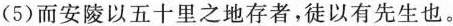
(5)而安陵以五十里之地存者，徒以有先生也。